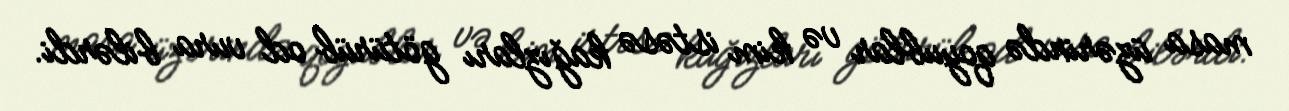
masa üzərində qoyublar və kim istəsə kağızları götürüb od vura bilərdi.